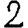
Digit: 2